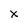
Character: x